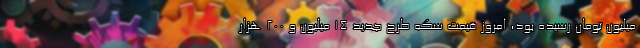
میلیون تومان رسیده بود، امروز قیمت سکه طرح جدید 14 میلیون و 200 هزار